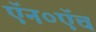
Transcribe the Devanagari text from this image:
ऍन०ऍच